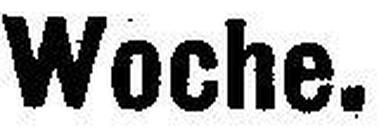
Woche.